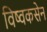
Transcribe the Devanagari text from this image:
विष्वकसेन